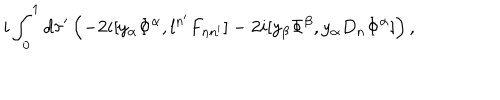
i \int _ { 0 } ^ { 1 } d \tau ^ { \prime } \left( - 2 i [ y _ { \alpha } \Phi ^ { \alpha } , l ^ { n ^ { \prime } } F _ { n n ^ { \prime } } ] - 2 i [ y _ { \beta } \Phi ^ { \beta } , y _ { \alpha } D _ { n } \Phi ^ { \alpha } ] \right) ,